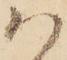
ハ